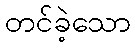
တင်ခဲ့သော